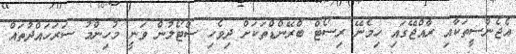
އެޖެންސީތަކާއި ރާއްޖޭގައި ހިމެނޭ ރިސޯޓް ބްރޭންޑްތަކަށް ދިވެހި ސްޓޯލުން ވަނީ މުހިންމު ސަރަހައްދުތައް